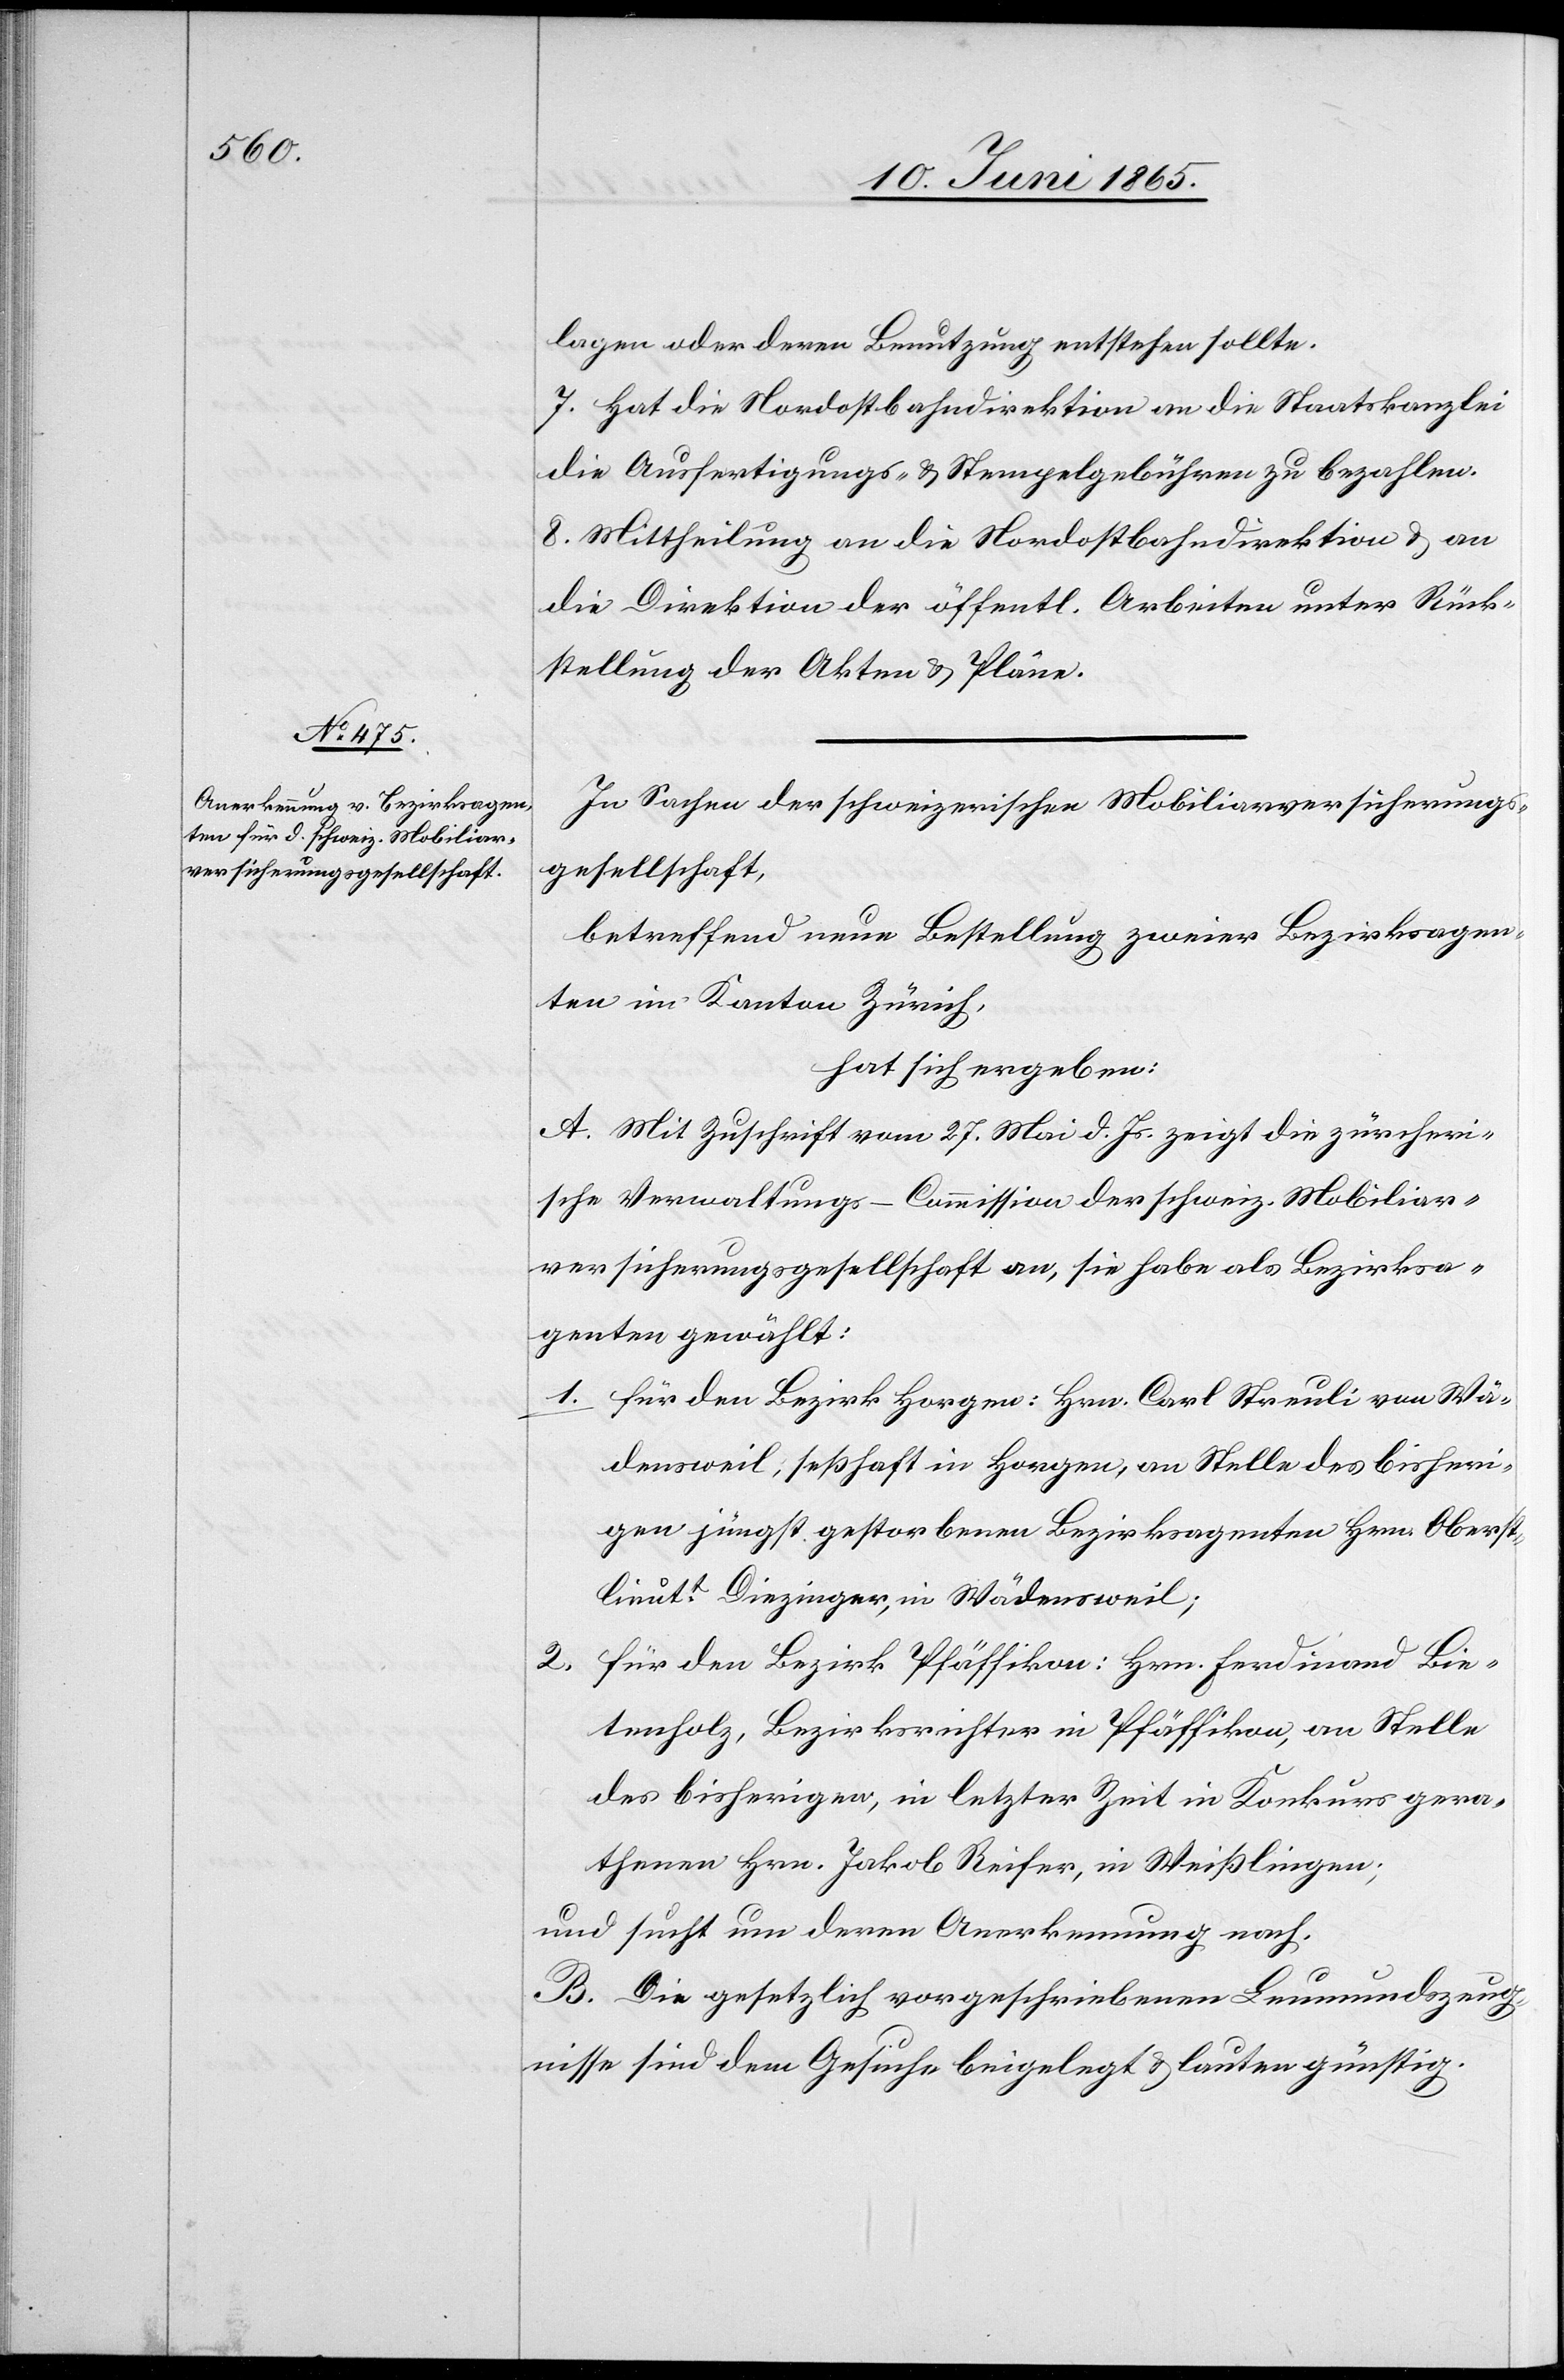
lagen oder deren Benutzung entstehen sollte.
7. Hat die Nordostbahndirektion an die Staatskanzlei
die Ausfertigungs- & Stempelgebühren zu bezahlen.
8. Mittheilung an die Nordostbahndirektion & an
die Direktion der öffentl. Arbeiten unter Rück¬
stellung der Akten & Pläne.
In Sachen der schweizerischen Mobiliarversicherungs¬
gesellschaft,
betreffend neue Bestellung zweier Bezirksagen¬
ten im Kanton Zürich,
hat sich ergeben:
A. Mit Zuschrift vom 27. Mai d. Js. zeigt die zürcheri¬
sche Verwaltungs-Commission der schweiz. Mobiliar¬
versicherungsgesellschaft an, sie habe als Bezirksa¬
genten gewählt:
1. für den Bezirk Horgen: Hrn. Carl Streuli von Wä¬
densweil, seßhaft in Horgen, an Stelle des bisheri¬
gen jüngst gestorbenen Bezirksagenten Hrn. Oberst¬
lieutt Diezinger, in Wädensweil;
2. für den Bezirk Pfäffikon: Hrn. Ferdinand Bie¬
tenholz, Bezirksrichter in Pfäffikon, an Stelle
des bisherigen, in letzter Zeit in Konkurs gera¬
thenen Hrn. Jakob Reifer, in Weißlingen;
und sucht um deren Anerkennung nach.
B. Die gesetzlich vorgeschriebenen Leumundszeug¬
nisse sind dem Gesuche beigelegt & lauten günstig.